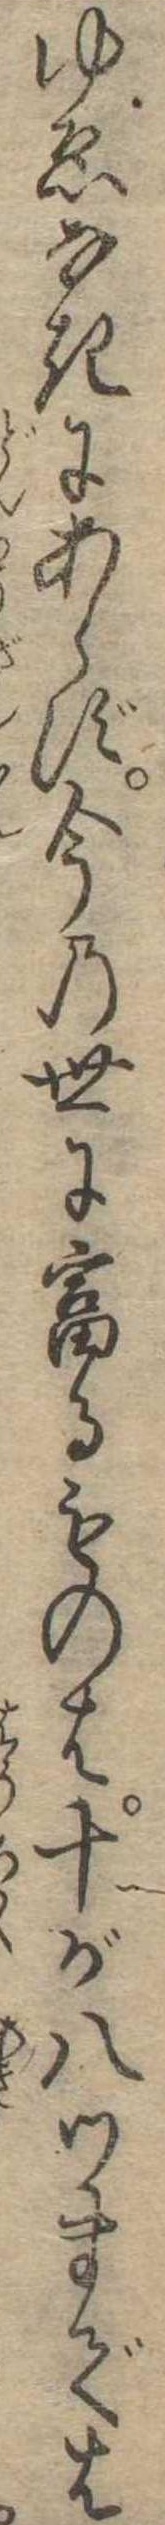
ゆゑなきにあらず今の世に富るものは十が八ツまでは